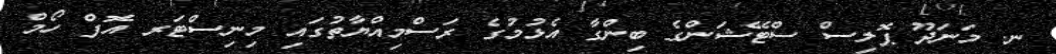
ނ. މަނަދޫ ޕޮލިސް ސްޓޭޝަންގެ ބިންގާ އެޅުމުގެ ރަސްމިއްޔާތުގައި މިނިސްޓަރ އޮފް ހޯމް